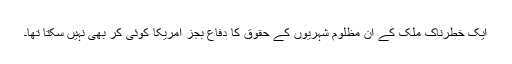
ایک خطرناک ملک کے ان مظلوم شہریوں کے حقوق کا دفاع بجز امریکا کوئی کر بھی نہیں سکتا تھا۔